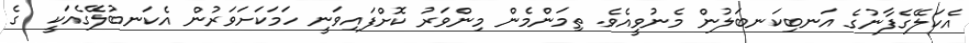
އެކަލޭގެފާނުގެ އަނބިކަނބަލުން މެނުވީއެވެ. ތިމަންމެން މިންވަރު ކޮށްފައިވަނީ ހަމަކަށަވަރުން އެކަނބުލޭގެއަކީ  ގެ